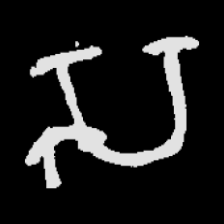
Pyu character \u2014 Myanmar letter: သ (romanized: sa)